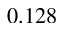
0 . 1 2 8